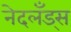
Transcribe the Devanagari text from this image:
नेदलँड्स